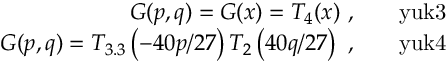
\begin{array} { r l r } { G ( p , q ) = G ( x ) = T _ { 4 } ( x ) \ , } & { { } } & { \mathrm { y u k 3 } } \\ { G ( p , q ) = T _ { 3 . 3 } \left( - 4 0 p / 2 7 \right) T _ { 2 } \left( 4 0 q / 2 7 \right) \ , } & { { } } & { \mathrm { y u k 4 } } \end{array}